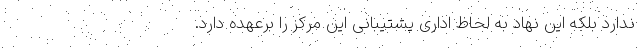
ندارد بلکه این نهاد به لحاظ اداری پشتیبانی این مرکز را برعهده دارد.